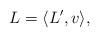
LaTeX: \begin{align*} L=\langle L', v\rangle,\end{align*}